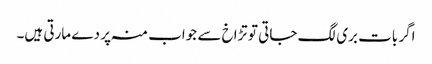
اگر بات بری لگ جاتی تو تڑاخ سے جواب منہ پر دے مارتی ہیں۔